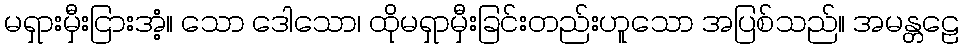
မရှားမှီးငြားအံ့။ သော ဒေါသော၊ ထိုမရှာမှီးခြင်းတည်းဟူသော အပြစ်သည်။ အမန္တဠေ